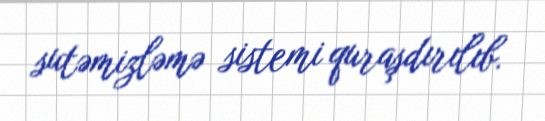
sutəmizləmə sistemi quraşdırılıb.